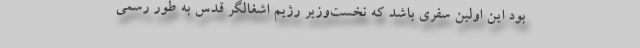
بود این اولین سفری باشد که نخست‌وزیر رژیم اشغالگر قدس به طور رسمی